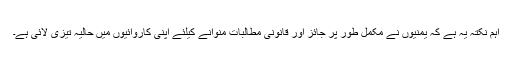
اہم نکتہ یہ ہے کہ یمنیوں نے مکمل طور پر جائز اور قانونی مطالبات منوانے کیلئے اپنی کاروائیوں میں حالیہ تیزی لائی ہے۔